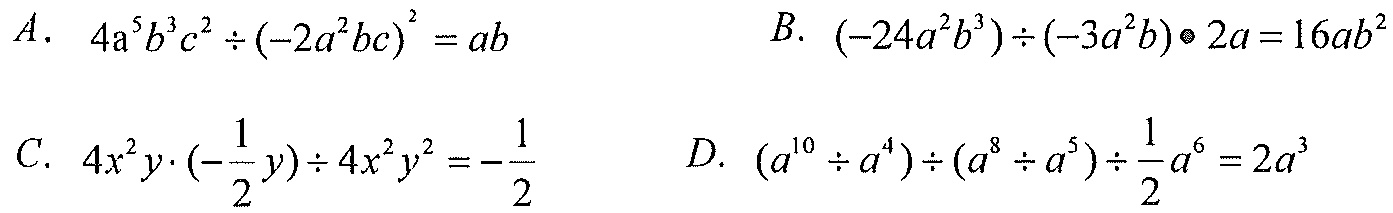
A. \(4a^{5}b^{3}c^{2}\div(-2a^{2}bc)^{2}=ab\)
B. \((-24a^{2}b^{3})\div(-3a^{2}b)\bullet2a = 16ab^{2}\)
C. \(4x^{2}y\cdot(-\frac{1}{2}y)\div4x^{2}y^{2}=-\frac{1}{2}\)
D. \((a^{10}\div a^{4})\div(a^{8}\div a^{5})\div\frac{1}{2}a^{6}=2a^{3}\)